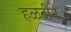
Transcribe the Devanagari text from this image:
हळदीने